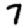
Digit: 7